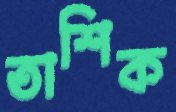
তাশিক